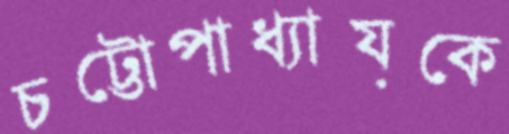
চট্টোপাধ্যায়কে